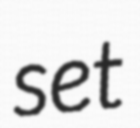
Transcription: set